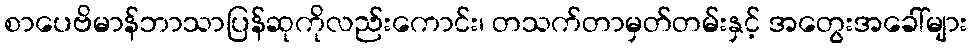
စာပေဗိမာန်ဘာသာပြန်ဆုကိုလည်းကောင်း၊ တသက်တာမှတ်တမ်းနှင့် အတွေးအခေါ်များ